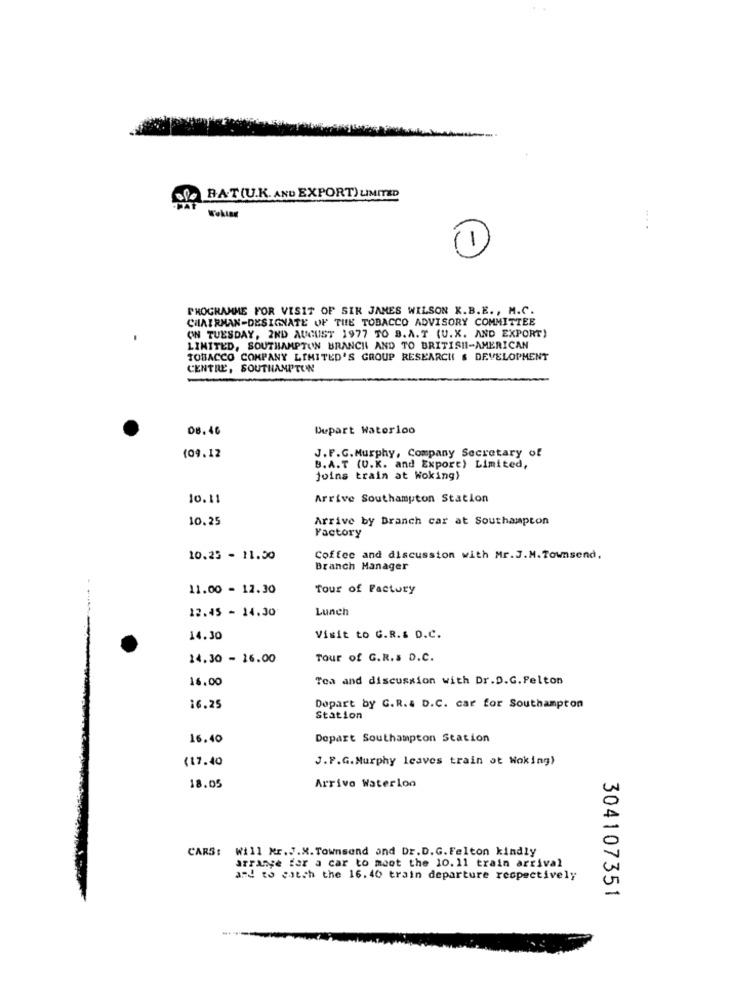
of. R.A.T(U.K. AND EXPORT) LIMITED
1
PROGRAMME FOR VISIT OF SIR JAMES WILSON K.B.E ., M.C.
CHAIRMAN-DESIGNATE OF THE TOBACCO ADVISORY COMMITTEE
ON TUESDAY, 2ND AUGUST 1977 TO B.A.T (U.X. AND EXPORT)
LIMITED, SOUTHAMPTON BRANCH AND TO BRITISH-AMERICAN
TOBACCO COMPANY LIMITED'S GROUP RESEARCH & DEVELOPMENT
CENTRE, SOUTHAMPTON
08.46
Depart Waterloo
(09.12
J.F.C. Murphy, Company Secretary of
B.A.T (U.K. and Export) Limited,
joins train at Woking)
10.11
Arrive Southampton Station
10.25
Arrive by Branch car at Southampton
Factory
10.25 - 11.50
Coffee and discussion with Mr. J.M. Townsend,
Branch Manager
11.00 - 12.30
Tour of Factory
12.45 - 14.30
Lunch
14.30
Visit to G.R.s D.C.
14.30 - 16.00
Tour of G.R.s D.C.
16.00
Tea and discussion with Dr.D.G. Felton
16.25
Dopart by G.R.& D.C. car for Southampton
Station
16.40
Depart Southampton Station
(17.40
J.F.G. Murphy leaves train ot Woking)
18.05
Arrivo Waterloo
CARS: Will Kr.J.X. Townsend and Dr.D. G. Felton kindly
arrange for a car to meet the 10.11 train arrival
and to catch the 16.40 train departure respectively
304107351